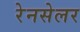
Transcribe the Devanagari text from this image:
रेनसेलर